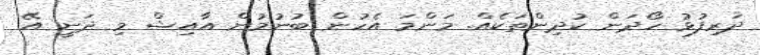
ދަރިފުޅު ހޯދަން ކުދިންތަކެއް. މަންމަ އެހުން ބުނުމުން އާއިޝް މި ދަނީ އޭ